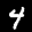
Label: 4